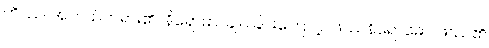
ကိဿ၊ အဘယ်တရား၏။ နိရောဓာ၊ ချုပ်ခြင်းကြောင့်။ ဖဿနိရောဓော၊ ဖဿ၏